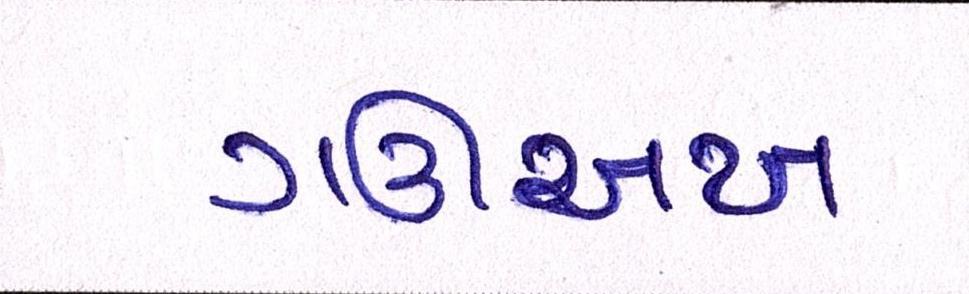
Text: ગઊઅખ